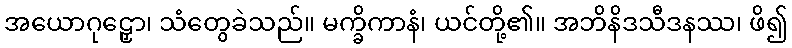
အယောဂုဠှော၊ သံတွေခဲသည်။ မက္ခိကာနံ၊ ယင်တို့၏။ အဘိနိဒသီဒနဿ၊ ဖိ၍